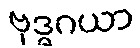
ဗုဒ္ဓဂယာ